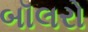
બૉલરો